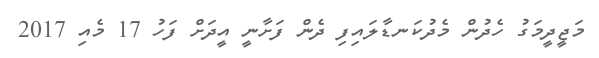
މަޖީދީމަގު ހެދުން މެދުކަނޑާލައިފި ދެން ފަށާނީ އީދަށް ފަހު 17 މެއި 2017